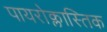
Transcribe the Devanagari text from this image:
पायरोक्लास्तिक